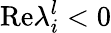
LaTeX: \mathrm{Re}\lambda_{i}^{l}<0